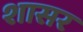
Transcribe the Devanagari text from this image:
शासर